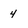
Character: 4